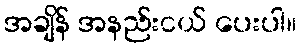
အချိန် အနည်းငယ် ပေးပါ။